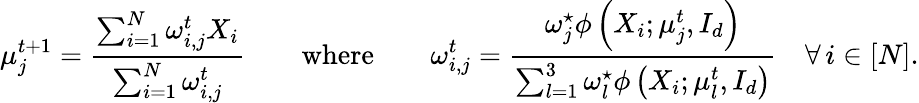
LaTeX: \mu_{j}^{t+1}=\frac{\sum_{i=1}^{N}\omega_{i,j}^{t}X_{i}}{\sum_{i=1}^{N}\omega_{i,j}^{t}}\qquad\mathrm{where}\qquad\omega_{i,j}^{t}=\frac{\omega_{j}^{\star}\phi\left(X_{i};\mu_{j}^{t},I_{d}\right)}{\sum_{l=1}^{3}\omega_{l}^{\star}\phi\left(X_{i};\mu_{l}^{t},I_{d}\right)}\quad\forall\, i\in\left[N\right].